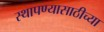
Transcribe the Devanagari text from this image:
स्थापण्यासाठीच्या